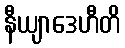
နီယျာဒေဟီတိ